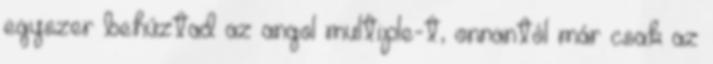
egyszer behúztad az angol multiple-t, onnantól már csak az